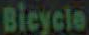
Bicycle